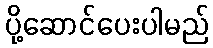
ပို့ဆောင်ပေးပါမည်